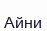
Айни